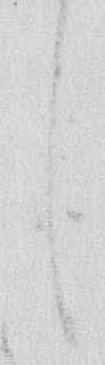
し